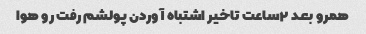
همرو بعد ۲ساعت تاخیر اشتباه آوردن پولشم رفت رو هوا